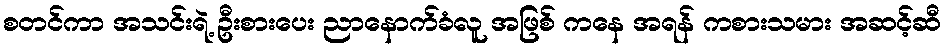
စတင်ကာ အသင်းရဲ့ ဦးစားပေး ညာနောက်ခံလူ အဖြစ် ကနေ အရန် ကစားသမား အဆင့်ဆီ